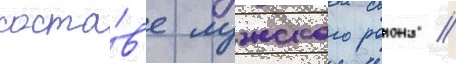
соста́в'е лужского раиона //